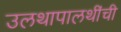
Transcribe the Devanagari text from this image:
उलथापालथींची